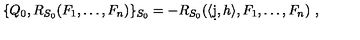
\{ Q _ { 0 } , R _ { S _ { 0 } } ( F _ { 1 } , \ldots , F _ { n } ) \} _ { S _ { 0 } } = - R _ { S _ { 0 } } ( \langle \d j , h \rangle , F _ { 1 } , \ldots , F _ { n } ) \ ,